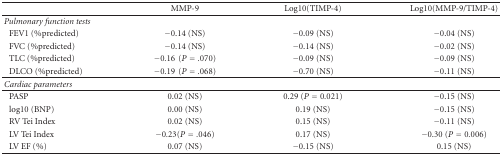
<table><thead><tr><td></td><td><b>MMP-9</b></td><td><b>Log10(TIMP-4)</b></td><td><b>Log10(MMP-9/TIMP-4)</b></td></tr></thead><tbody><tr><td><i>Pulmonaryfunction tests</i></td><td></td><td></td></tr><tr><td><i> </i>FEV1 (%predicted)</td><td>−0.14 (NS)</td><td>−0.09 (NS)</td><td>−0.04 (NS)</td></tr><tr><td><i> </i>FVC (%predicted)</td><td>−0.14 (NS)</td><td>−0.14 (NS)</td><td>−0.02 (NS)</td></tr><tr><td><i> </i>TLC (%predicted)</td><td>−0.16 (<i>P</i> = .070)</td><td>−0.09 (NS)</td><td>−0.09 (NS)</td></tr><tr><td><i> </i>DLCO (%predicted)</td><td>−0.19 (<i>P</i> = .068)</td><td>−0.70 (NS)</td><td>−0.11 (NS)</td></tr><tr><td><i> Cardiac parameters</i></td><td></td><td></td></tr><tr><td><i> </i>PASP</td><td>0.02 (NS)</td><td>0.29 (<i>P</i> = 0.021)</td><td>−0.15 (NS)</td></tr><tr><td><i> </i>log10 (BNP)</td><td>0.00 (NS)</td><td>0.19 (NS)</td><td>−0.15 (NS)</td></tr><tr><td><i> </i>RV Tei Index</td><td>0.02 (NS)</td><td>0.15 (NS)</td><td>−0.11 (NS)</td></tr><tr><td><i> </i>LV Tei Index</td><td>−0.23(<i>P</i> = .046)</td><td>0.17 (NS)</td><td>−0.30(<i>P</i> = 0.006)</td></tr><tr><td><i> </i>LV EF (%)</td><td>0.07 (NS)</td><td> −0.15 (NS)</td><td>0.15 (NS)</td></tr></tbody></table>